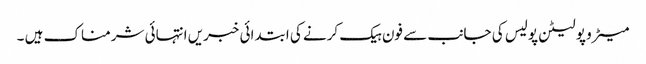
میٹرو پولیٹن پولیس کی جانب سے فون ہیک کرنے کی ابتدائی خبریں انتہائی شرمناک ہیں ۔